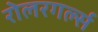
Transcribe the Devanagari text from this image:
रोलरगर्ल्स